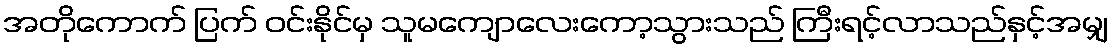
အတိုကောက် ပြက် ဝင်းနိုင်မှ သူမကျောလေးကော့သွားသည် ကြီးရင့်လာသည်နှင့်အမျှ